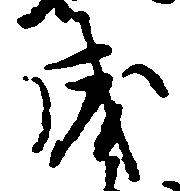
成